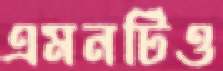
এমনটিও